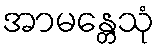
အာမန္တေသုံ